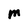
Character: M